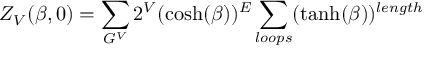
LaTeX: Z _ { V } ( \beta , 0 ) = \sum _ { G ^ { V } } 2 ^ { V } ( \cosh ( \beta ) ) ^ { E } \sum _ { l o o p s } ( \operatorname { t a n h } ( \beta ) ) ^ { l e n g t h }